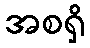
အစရှိ